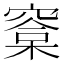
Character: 𣘿